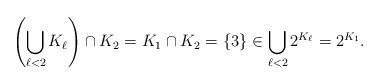
LaTeX: \begin{align*}\left(\bigcup_{\ell<2} K_{\ell }\right) \cap K_{2} = K_1 \cap K_2 = \{3\} \in \bigcup_{\ell<2} 2^{K_{\ell}} = 2^{K_1}.\end{align*}